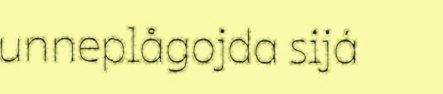
unneplågojda sijá